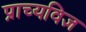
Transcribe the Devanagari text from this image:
प्राच्यविज्ञ